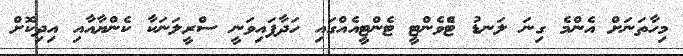
މިހާތަނަށް އެންމެ ގިނަ ލަނޑު ޓްެވެންޓީ ޓެންޓީއެއްގައި ހަދާފައިވަނީ ސްރީލަނަކާ ކެންޔާއާއި އިދިކޮށް